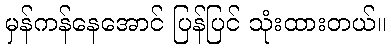
မှန်ကန်နေအောင် ပြန်ပြင် သုံးထားတယ်။